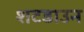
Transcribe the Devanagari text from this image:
शटडाउन